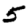
Digit: 5